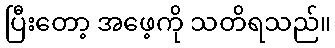
ပြီးတော့ အဖေ့ကို သတိရသည်။